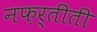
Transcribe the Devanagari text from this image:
नफ़र्तीती